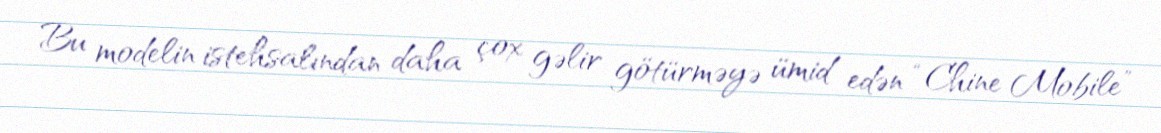
Bu modelin istehsalından daha çox gəlir götürməyə ümid edən “Chine Mobile”